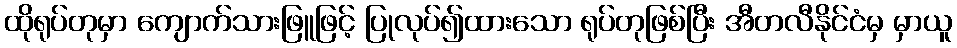
ထိုရုပ်တုမှာ ကျောက်သားဖြူဖြင့် ပြုလုပ်၍ထားသော ရုပ်တုဖြစ်ပြီး အီတလီနိုင်ငံမှ မှာယူ